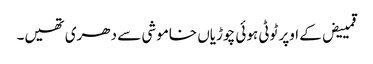
قمییض کے اوپر ٹوٹی ہوئی چوڑیاں خاموشی سے دھری تھیں۔